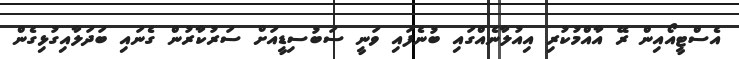
އެސްޓީއޯއިން ރޭ އާއްމުކުރި އިއުލާނެއްގައި ބުނެފައި ވަނީ ސަބުސިޑީއަށް ސަރުކާރުން ގެނައި ބަދަލާއިގުޅިގެން